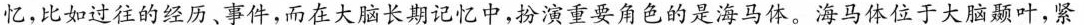
忆，比如过往的经历、事件，而在大脑长期记忆中，扮演重要角色的是海马体。海马体位于大脑颞叶，紧